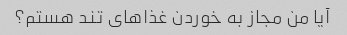
آیا من مجاز به خوردن غذاهای تند هستم؟